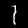
Label: 1